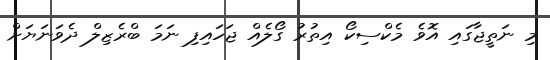
މި ނަތީޖާގައި އޮވެ މެކްސިކޯ އިތުރު ގޯލެއް ޖަހައިފި ނަމަ ބްރެޒިލް ދެވަނަޔަށް